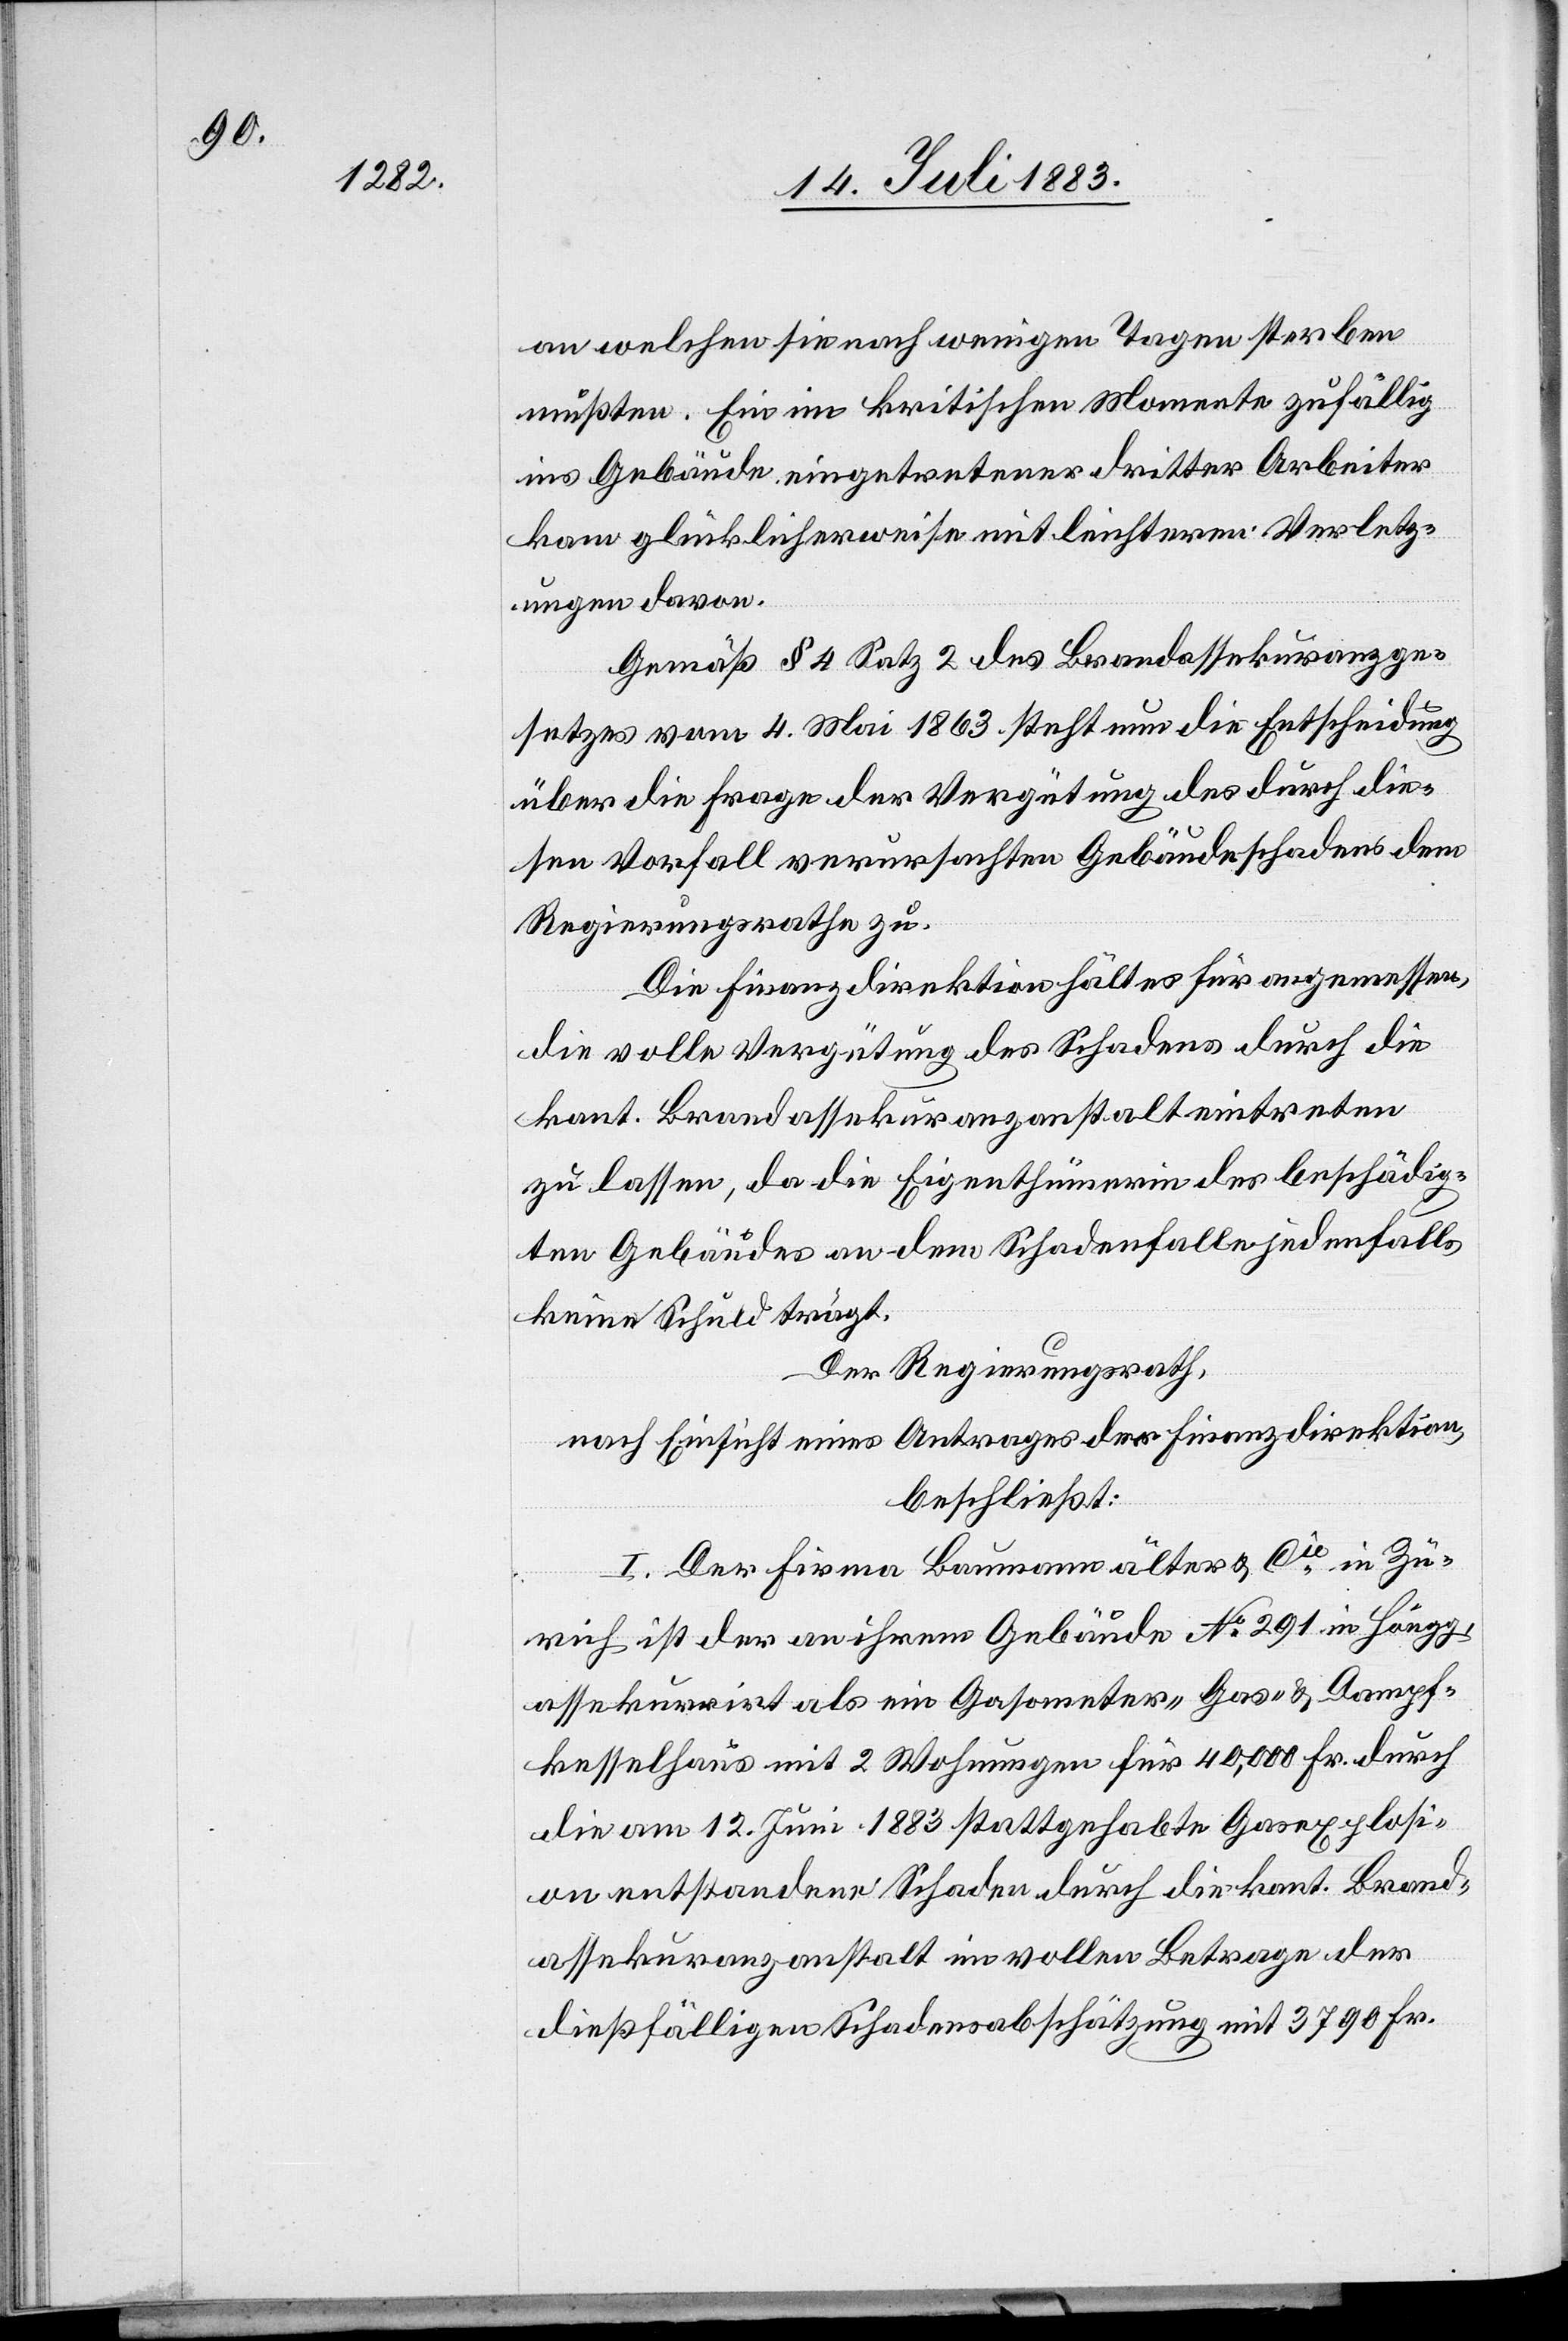
an welchen sie nach wenigen Tagen sterben
mussten. Ein im kritischen Momente zufällig
ins Gebäude eingetretener dritter Arbeiter
kam glücklicherweise mit leichtern Verletz¬
ungen davon.
Gemäß § 4 Satz 2 des Brandassekuranzge¬
setzes vom 4. Mai 1863 steht nun die Entscheidung
über die Frage der Vergütung des durch die¬
sen Vorfall verursachten Gebäudeschadens dem
Regierungsrathe zu.
Die Finanzdirektion hält es für angemessen,
die volle Vergütung des Schadens durch die
kant. Brandassekuranzanstalt eintreten
zu lassen, da die Eigenthümerin des beschädig¬
ten Gebäudes an dem Schadenfalle jedenfalls
keine Schuld trägt.
Der Regierungsrath,
nach Einsicht eines Antrages der Finanzdirektion,
beschließt:
I. Der Firma Baumann älter & Cie in Zü¬
rich ist der an ihrem Gebäude No 291 in Höngg,
assekurirt als ein Gasometer-[,] Gas- & Dampf¬
kesselhaus mit 2 Wohnungen für 40,000 Fr. durch
die am 12. Juni 1883 stattgehabte Gasexplosi¬
on entstandene Schaden durch die kant. Brand¬
assekuranzanstalt im vollen Betrage der
dießfälligen Schadensabschätzung mit 3790 Fr.